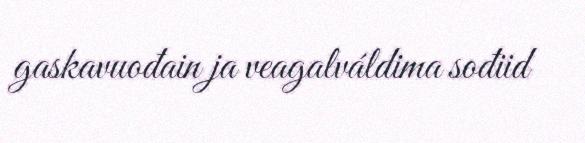
gaskavuođain ja veagalváldima sođiid